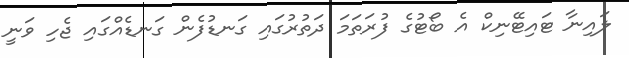
ލައިނާ ޓައިޓޭނިކް އެ ބޯޓުގެ ފުރަތަމަ ދަތުރުގައި ގަނޑުފެން ގަނޑެއްގައި ޖެހި ވަނީ